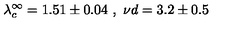
\lambda _ { c } ^ { \infty } = 1 . 5 1 \pm 0 . 0 4 \ , \ { { \nu } d } = 3 . 2 \pm 0 . 5